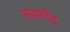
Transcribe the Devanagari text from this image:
नायगोद